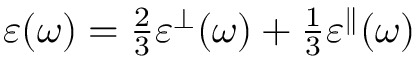
\begin{array} { r } { \varepsilon ( \omega ) = \frac { 2 } { 3 } \varepsilon ^ { \bot } ( \omega ) + \frac { 1 } { 3 } \varepsilon ^ { \parallel } ( \omega ) } \end{array}